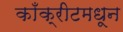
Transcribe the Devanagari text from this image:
काँक्रीटमधून